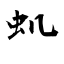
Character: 虮